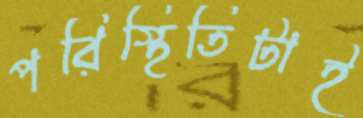
পরিস্থিতিটাই